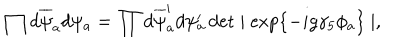
\prod d \overline { { { \psi } } } _ { a } d \psi _ { a } = \prod d \overline { { { \psi } } } _ { a } ^ { \prime } d \psi _ { a } ^ { \prime } \det \mid \exp \{ - i g \gamma _ { 5 } \phi _ { a } \} \mid ,